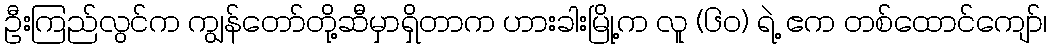
ဦးကြည်လွင်က ကျွန်တော်တို့ဆီမှာရှိတာက ဟားခါးမြို့က လူ (၆၀) ရဲ့ ဧက တစ်ထောင်ကျော်၊